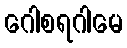
ဂေါစရဂါမေ